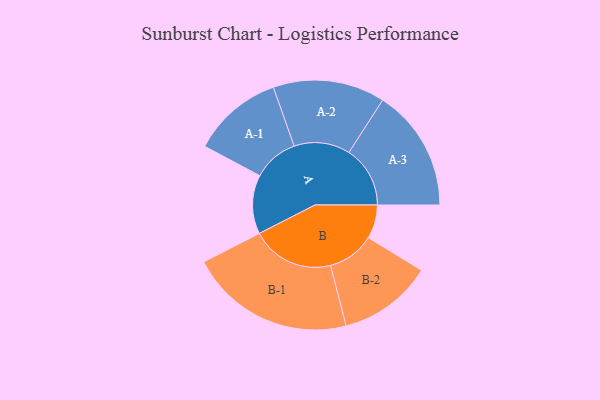
{"axis": {"x": "Segment", "y": "Value"}, "legend": ["", "A", "B"], "data": [{"x": "A", "y": 180, "type": ""}, {"x": "B", "y": 103, "type": ""}, {"x": "A-1", "y": 139, "type": "A"}, {"x": "A-2", "y": 171, "type": "A"}, {"x": "A-3", "y": 187, "type": "A"}, {"x": "B-1", "y": 253, "type": "B"}, {"x": "B-2", "y": 144, "type": "B"}]}